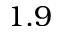
1 . 9